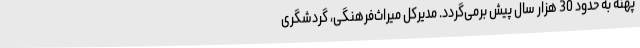
پهنه به حدود 30 هزار سال پیش برمی‌گردد. مدیرکل میراث‌فرهنگی، گردشگری